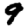
Digit: 9